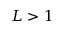
L > 1